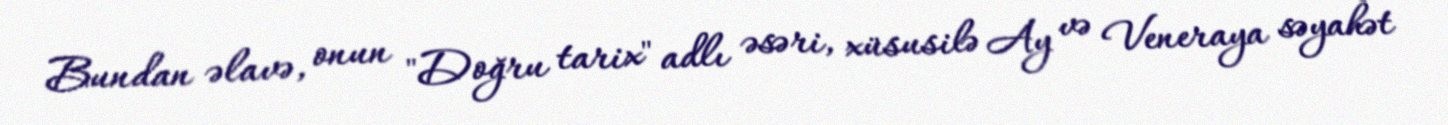
Bundan əlavə, onun "Doğru tarix" adlı əsəri, xüsusilə Ay və Veneraya səyahət